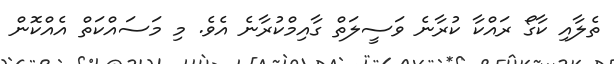
ތެލާއި ކާގޯ ރައްކާ ކުރާނެ ވަސީލަތް ގާއިމްކުރާނެ އެވެ. މި މަސައްކަތް އެއްކޮން